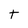
Character: t